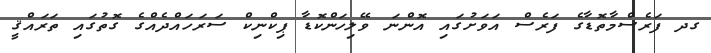
ގދ ފަރެސްމާތޮޑާގެ ފަރެސް އަވަށުގައި އޮންނަ ވޭލިހަންކޮޑާ ޕިކްނިކް ސަރަހައްދެއްގެ ގޮތުގައި ތަރައްޤީ